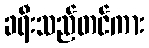
ခရီးသည်တင်ကား